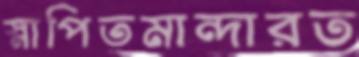
স্নাপিতমান্দারত